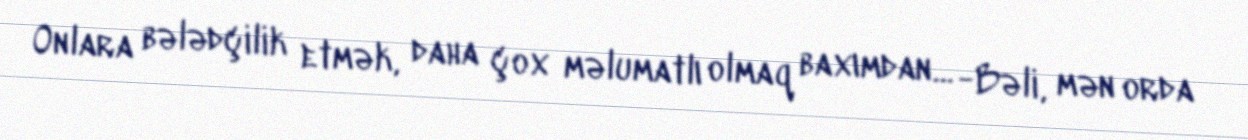
Onlara bələdçilik etmək, daha çox məlumatlı olmaq baxımdan... -Bəli, mən orda